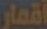
أقمار